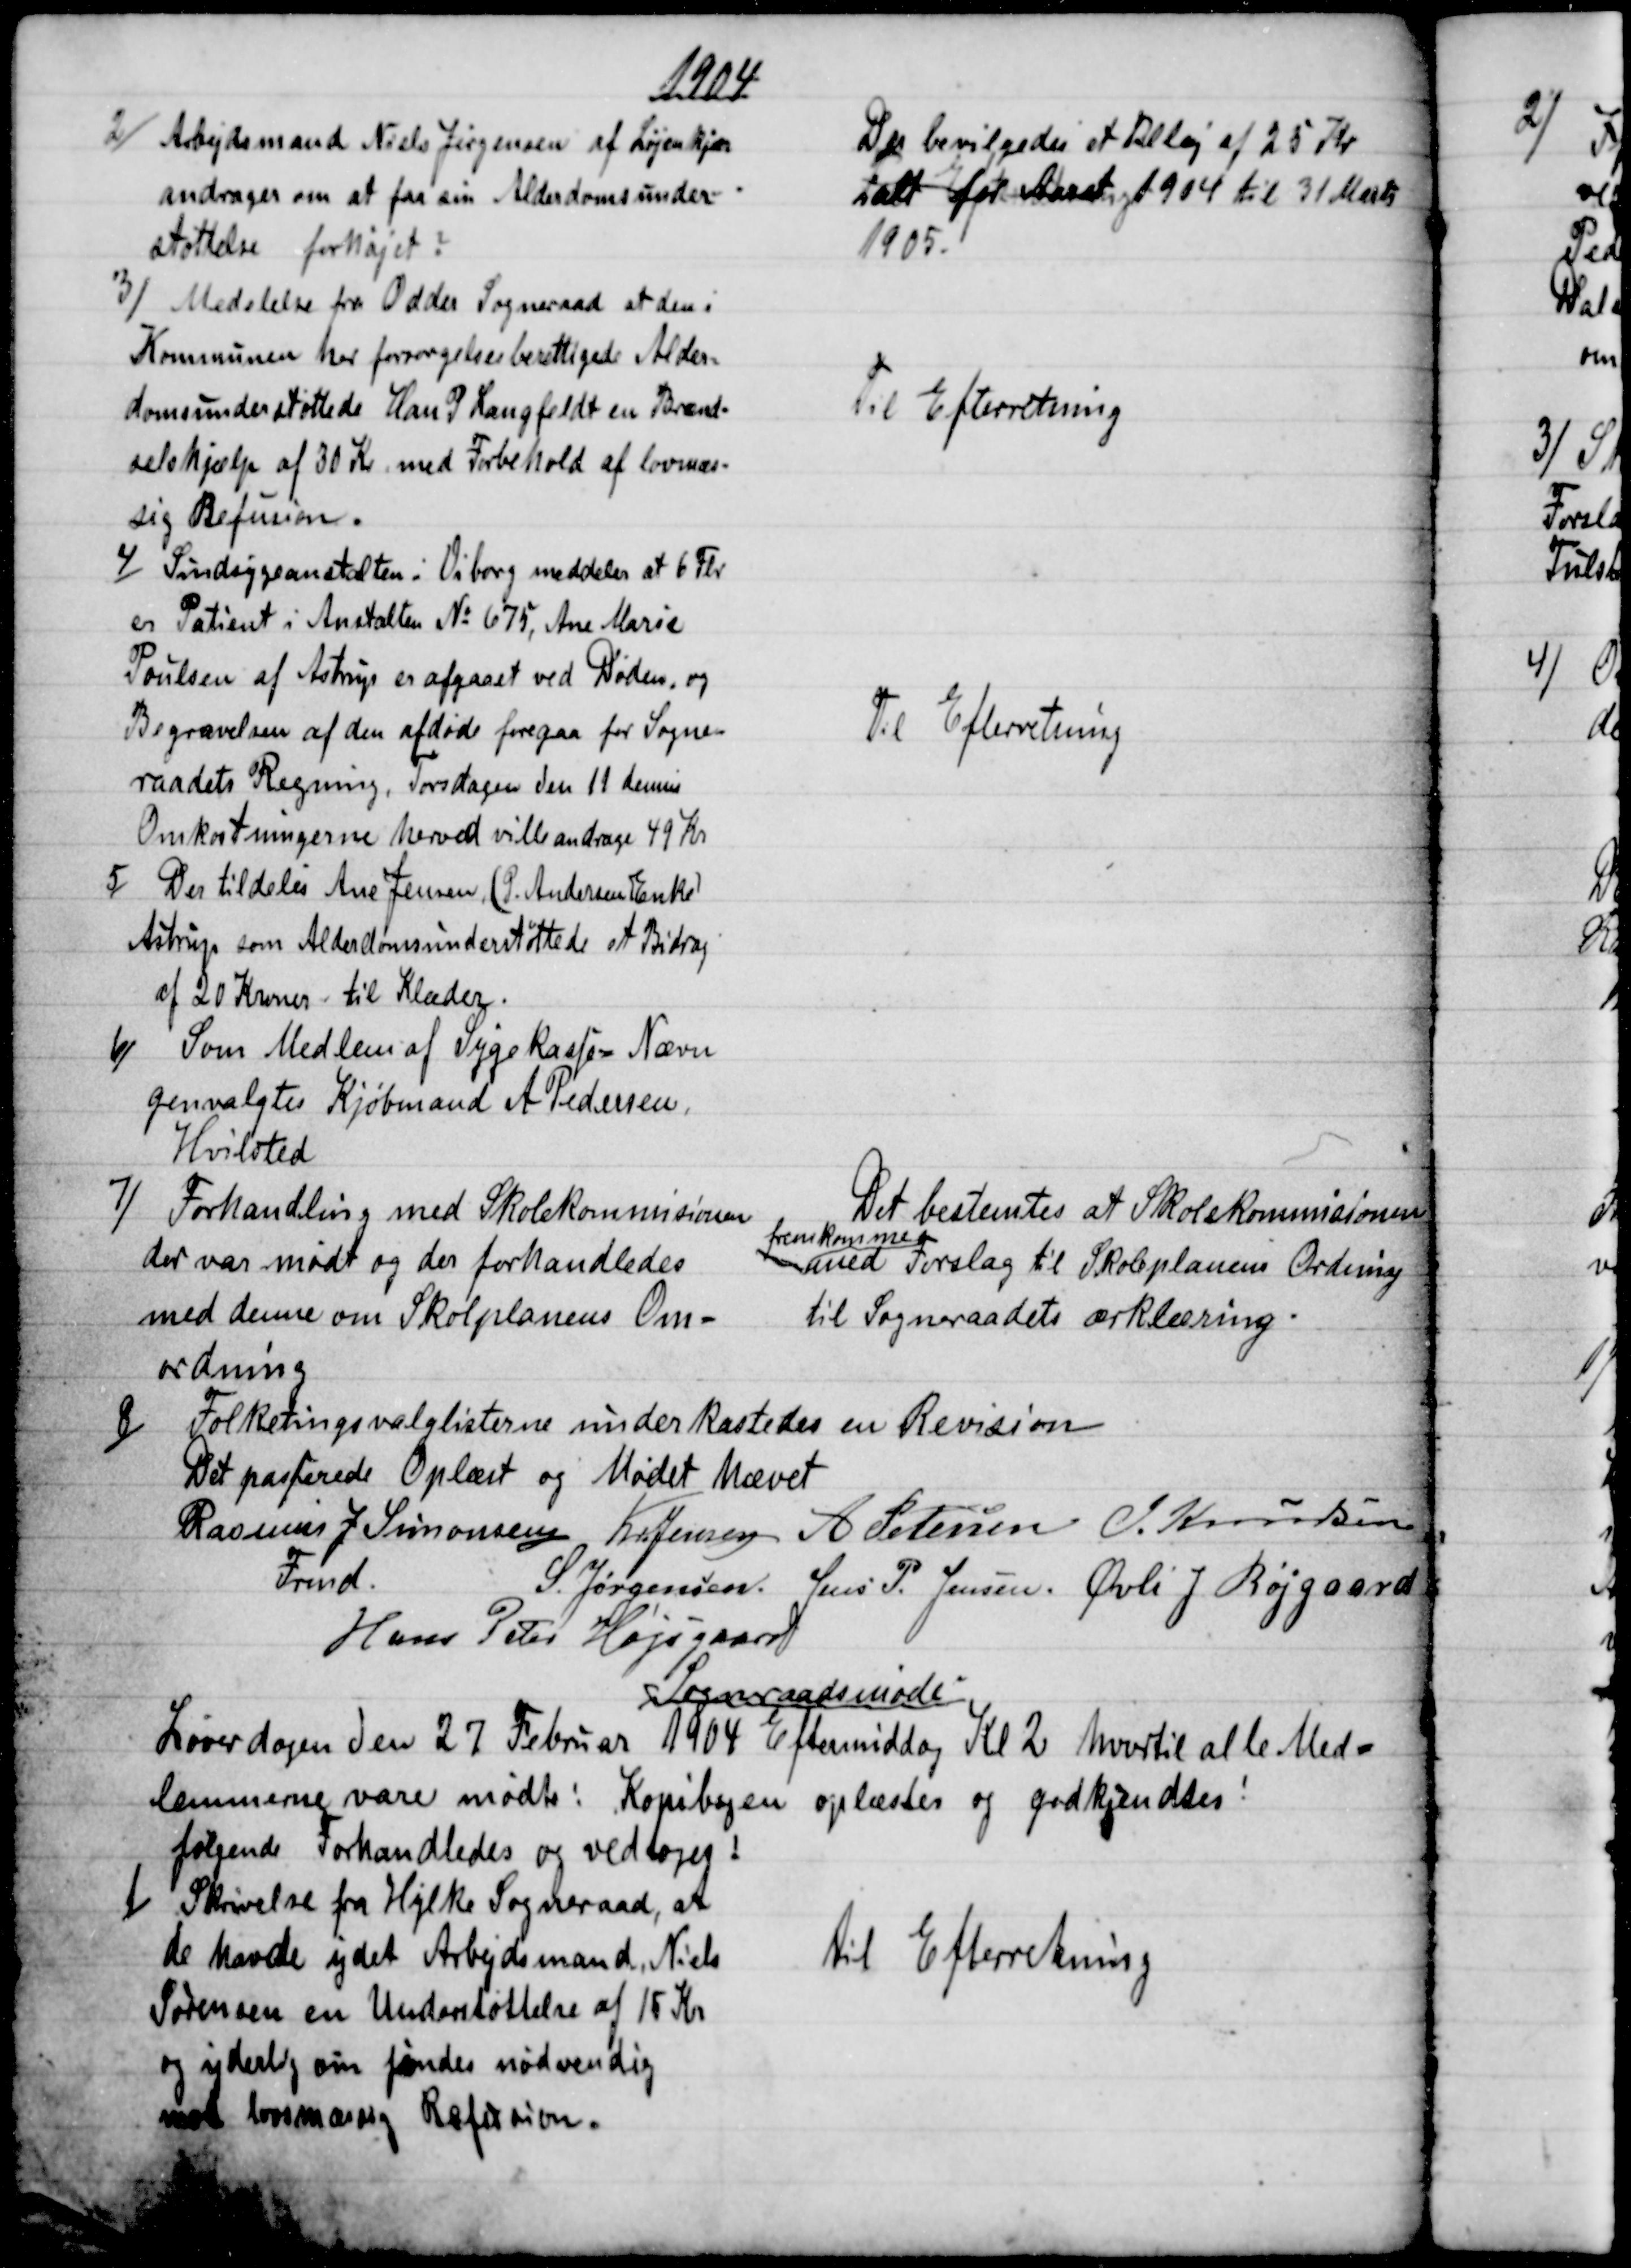
Transskription:
1904
2)
Arbejdsmand Niels Jørgensen af Løjenkjær
andrager om at faa sin Alderdomsunder-
støttelse forhøjet.
Der bevilgedes et Tillæg af 25 Kr
ialt for Aaret 1904 til 31 Marts
1905.
3) 
Medelelse fra Odder Sogneraad at den i
Kommunen her forsørgelsesberettigede Alder-
domsunderstøttede Han P Langfeldt en Brænd-
selshjælp af 30 Kr med Forbehold af lovmæs-
sig Refusion.
Til Efterretning
4)
Sindsygeanstalten i Viborg meddeler at 6 Flr
er Patient i Anstalten № 675, Ane Marie
Poulsen af Astrup er afgaaet ved Døden, og
Begravelsen af den afdøde foregaa for Sogne-
raadets Regning, Torsdagen den 11 dennes
Omkostningerne herved ville andrage 49 Kr.
Til Efterretning
5)
Der tildeles Ane Jensen, (P. Andersen Enke)
Astrup som Alderdomsunderstøttede et Bidrag
af 20 Kroner til Klæder.
6)
Som Medlem af Sygekasse = Nævn
genvalgtes Kjøbmand A Pedersen,
Hvilsted
7)
Forhandling med Skolekommisionen
der var mødt og der forhandledes
med denne om Skolplanens Om-
ordning
Det bestemtes at Skolekommisionen 
fremkomme
med Forslag til Skoleplanens Ordning
til Sogneraadets erklæring.
8)
Folketingsvalglisterne underkastedes en Revision
Det passerede Oplæst og Mødet hævet
Rasmus J Simonsen 
Frmd.
Kr Jensen A Petersen J Knudsen
S. Jørgensen. Jens P. Jensen. Øvli J Røjgaard
Hans Peter Højsgaard
Sogneraadsmøde
Løverdagen den 27 Februar 1904 Eftermiddag Kl 2 hvortil alle Med-
lemmerne vare mødte: Kopibogen oplæstes og godkjendtes:
følgende Forhandledes og vedtoges:
1)
Skrivelse fra Hylke Sogneraad, at
de havde ydet Arbejdsmand Niels
Sørensen en Understøttelse af 15 Kr
og yderlig om findes nødvendig
mod lovmæssig Refusion.
til Efterretning